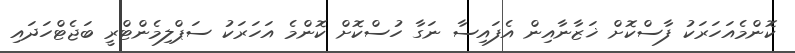
ކޮންމެއަހަރަކު ފާސްކޮށް ޚަޒާނާއިން އެފައިސާ ނަގާ ހުސްކޮށް ކޮންމެ އަހަރަކު ސަޕްލިމެންޓްރީ ބަޖެޓްހަދައި